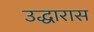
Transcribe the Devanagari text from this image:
उद्धारास